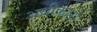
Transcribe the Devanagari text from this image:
अधीकारो